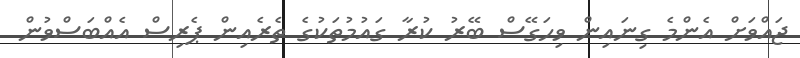
ޖައްވަށް އެންމެ ގިނައިން ވިހަގޭސް ބޭރު ކުރާ ގައުމުތަކުގެ ތެރެއިން ޕެރިސް އެއްބަސްވުން